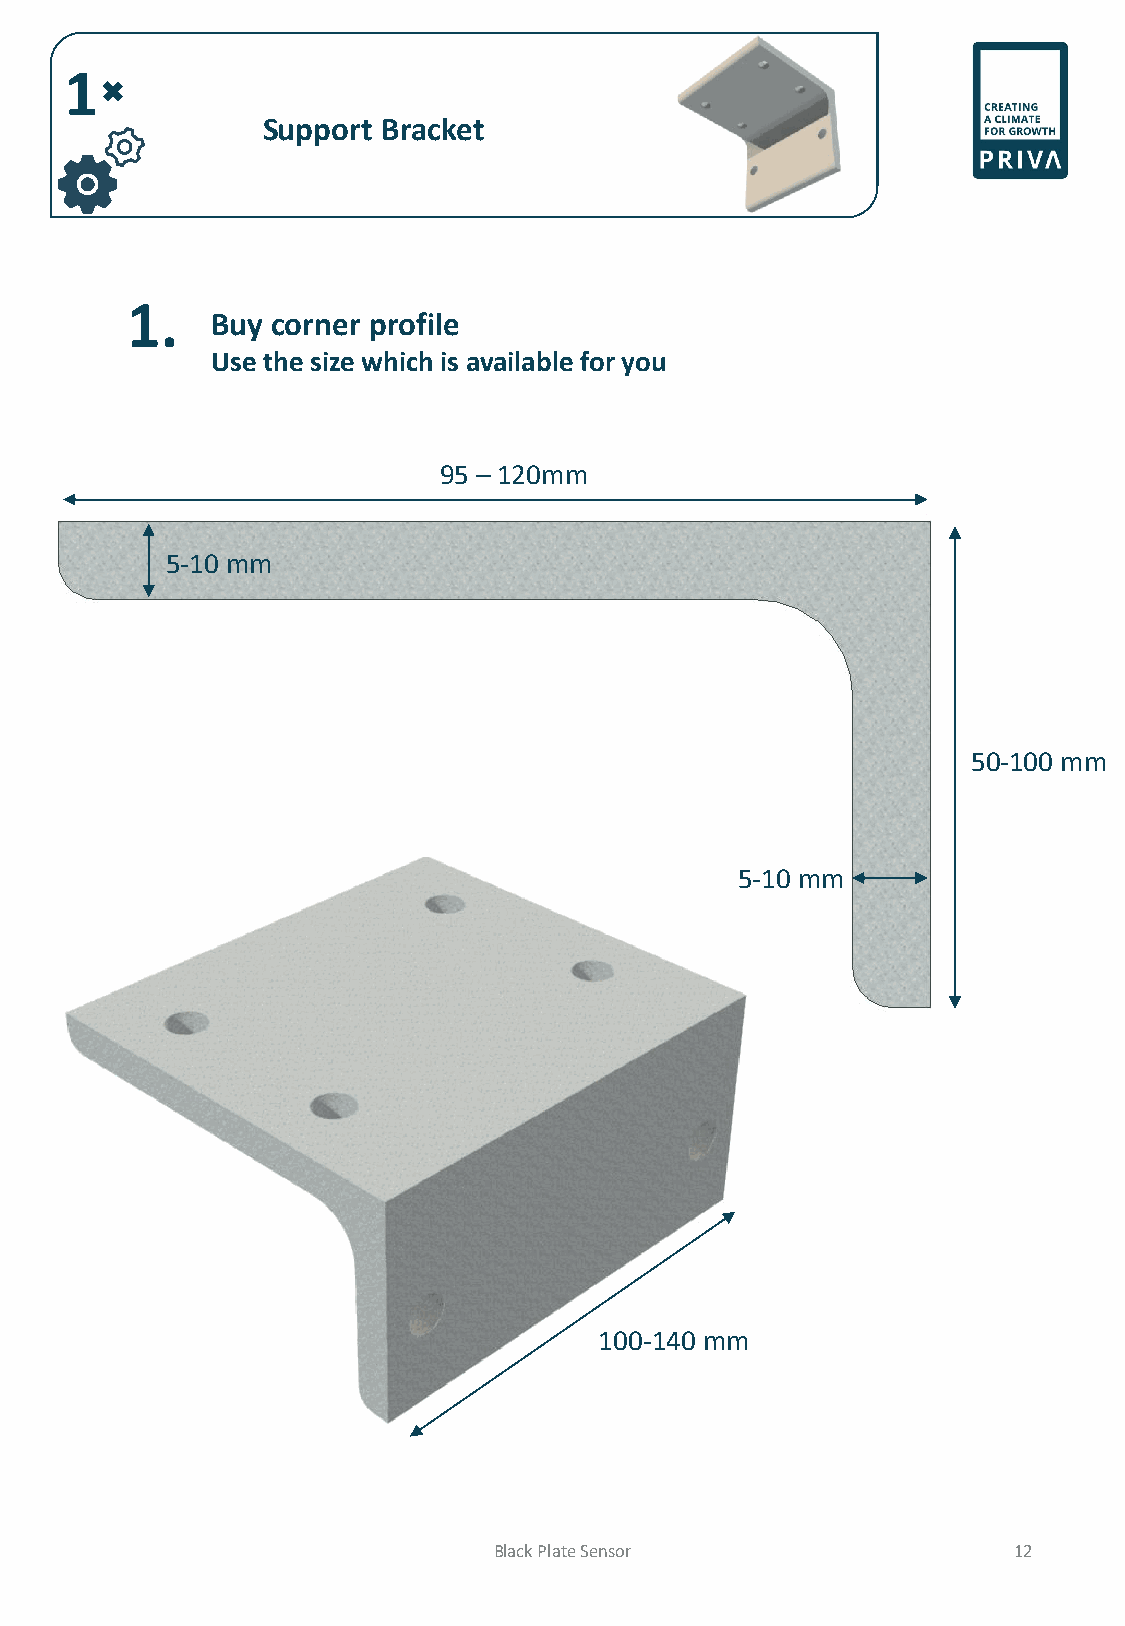
1
 Support Bracket
 1.
 Buy corner profile
 Use the size which is available for you
 95 – 120mm
 5-10 mm
 50-100 mm
 5-10 mm
 100-140 mm
 Black Plate Sensor                12